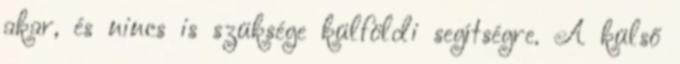
akar, és nincs is szüksége külföldi segítségre. A külső